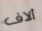
ألاف